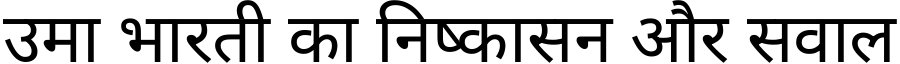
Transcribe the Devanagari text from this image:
उमा भारती का निष्कासन और सवाल